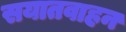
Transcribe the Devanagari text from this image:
सयातवाहन